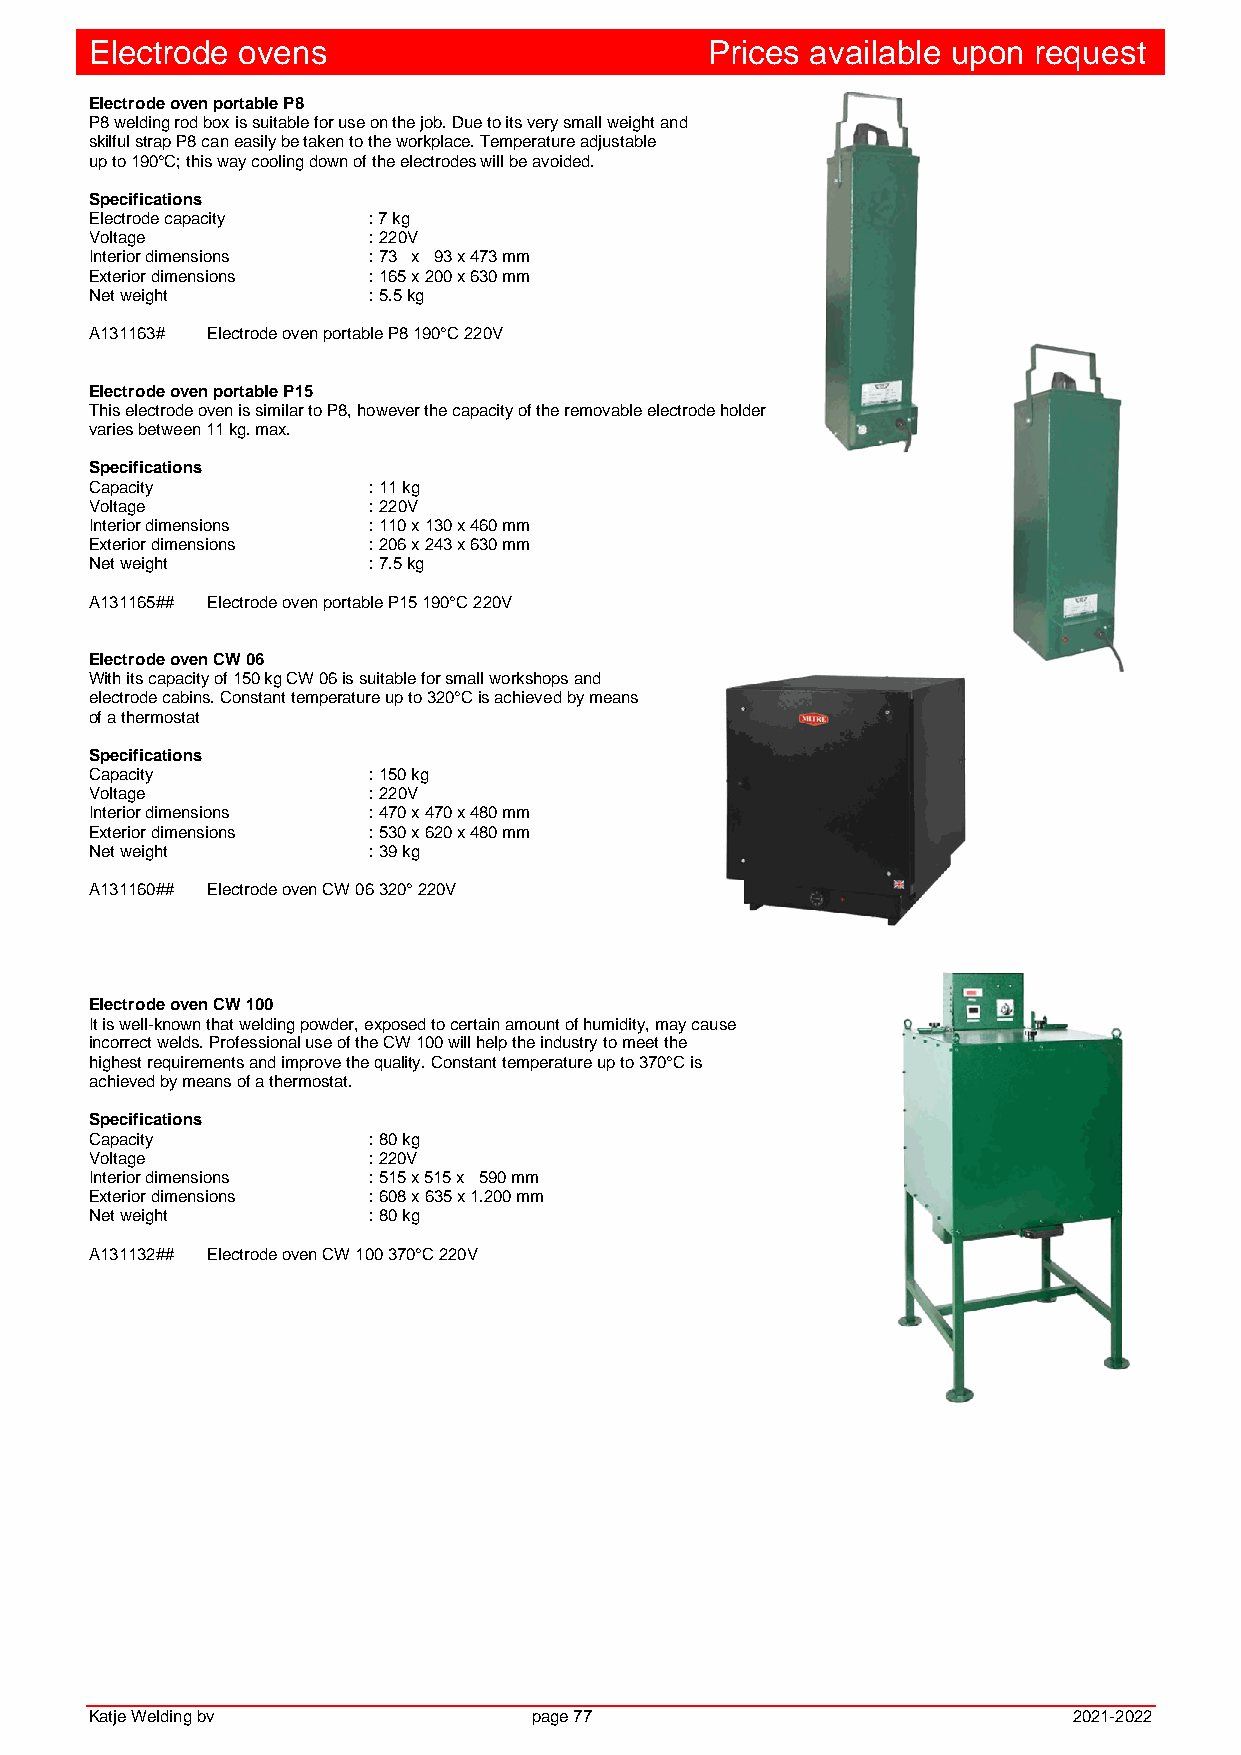
Electrode ovens                          Prices available upon request
 Electrode oven portable P8
 P8 welding rod box is suitable for use on the job. Due to its very small weight and
 skilful strap P8 can easily be taken to the workplace. Temperature adjustable
 up to 190°C; this way cooling down of the electrodes will be avoided.
 Specifications
 Electrode capacity : 7 kg
 Voltage           : 220V
 Interior dimensions : 73 x 93 x 473 mm
 Exterior dimensions : 165 x 200 x 630 mm
 Net weight        : 5.5 kg
 A131163# Electrode oven portable P8 190°C 220V
 Electrode oven portable P15
 This electrode oven is similar to P8, however the capacity of the removable electrode holder
 varies between 11 kg. max.
 Specifications
 Capacity          : 11 kg
 Voltage           : 220V
 Interior dimensions : 110 x 130 x 460 mm
 Exterior dimensions : 206 x 243 x 630 mm
 Net weight        : 7.5 kg
 A131165## Electrode oven portable P15 190°C 220V
 Electrode oven CW 06
 With its capacity of 150 kg CW 06 is suitable for small workshops and
 electrode cabins. Constant temperature up to 320°C is achieved by means
 of a thermostat
 Specifications
 Capacity          : 150 kg
 Voltage           : 220V
 Interior dimensions : 470 x 470 x 480 mm
 Exterior dimensions : 530 x 620 x 480 mm
 Net weight        : 39 kg
 A131160## Electrode oven CW 06 320° 220V
 Electrode oven CW 100
 It is well-known that welding powder, exposed to certain amount of humidity, may cause
 incorrect welds. Professional use of the CW 100 will help the industry to meet the
 highest requirements and improve the quality. Constant temperature up to 370°C is
 achieved by means of a thermostat.
 Specifications
 Capacity          : 80 kg
 Voltage           : 220V
 Interior dimensions : 515 x 515 x 590 mm
 Exterior dimensions : 608 x 635 x 1.200 mm
 Net weight        : 80 kg
 A131132## Electrode oven CW 100 370°C 220V
 Katje Welding bv             page 77                             2021-2022